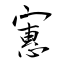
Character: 寭